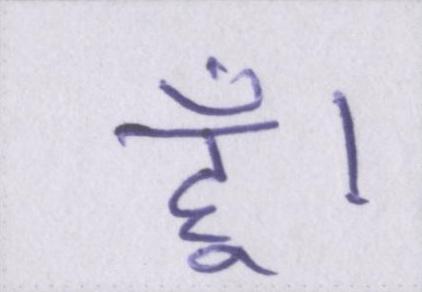
हूँ।